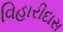
વિહારીદાસ